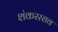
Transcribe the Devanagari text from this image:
शंकररराव